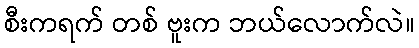
စီးကရက် တစ် ဗူးက ဘယ်လောက်လဲ။